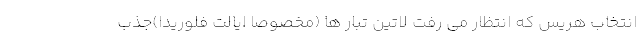
انتخاب هریس که انتظار می رفت لاتین تبار ها (مخصوصا ایالت فلوریدا)جذب